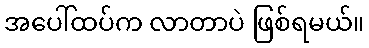
အပေါ်ထပ်က လာတာပဲ ဖြစ်ရမယ်။